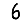
Digit: 6